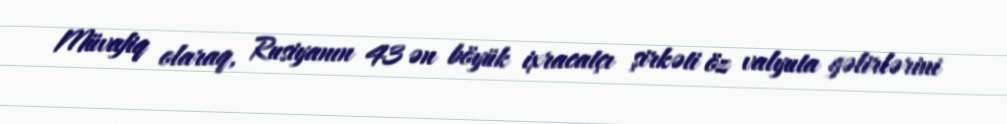
Müvafiq olaraq, Rusiyanın 43 ən böyük ixracatçı şirkəti öz valyuta gəlirlərini